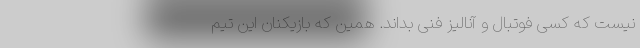
نیست که کسی فوتبال و آنالیز فنی بداند. همین که بازیکنان این تیم‌